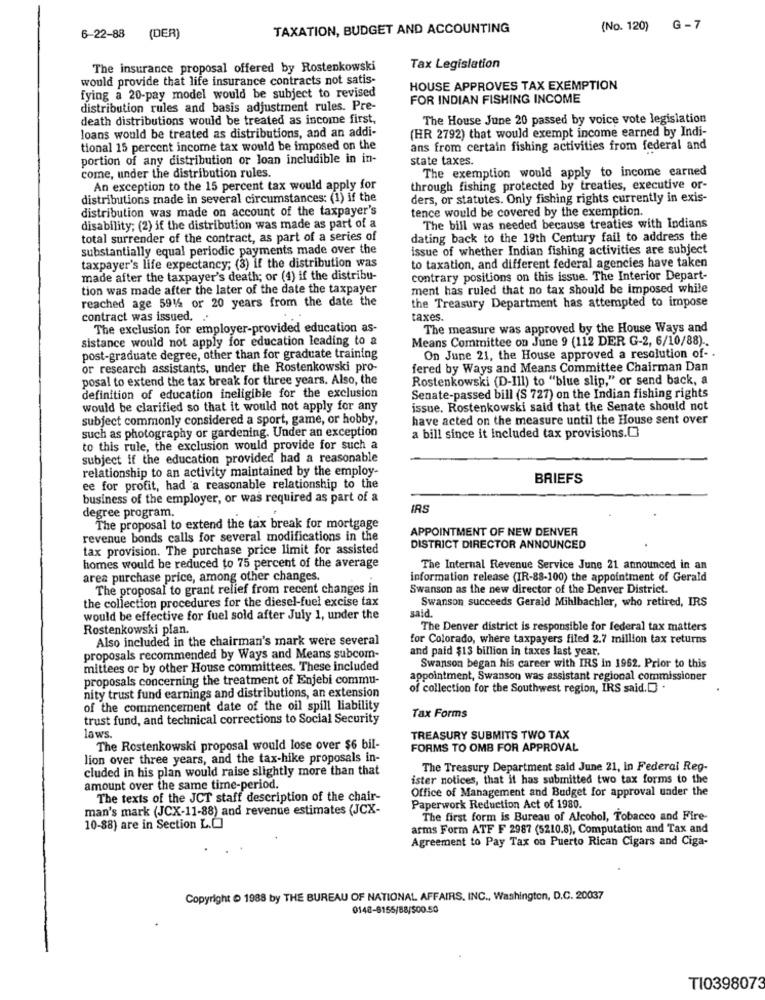
TAXATION, BUDGET AND ACCOUNTING
(No. 120) G -7
6-22-88 (DER)
The insurance proposal offered by Rostenkowski
Tax Legislation
would provide that life insurance contracts not satis-
HOUSE APPROVES TAX EXEMPTION
fying a 20-pay model would be subject to revised
FOR INDIAN FISHING INCOME
distribution rules and basis adjustment rules. Pre-
death distributions would be treated as income first,
The House June 20 passed by voice vote legislation
loans would be treated as distributions, and an addi-
(HR 2792) that would exempt income earned by Indi-
tional 15 percent income tax would be imposed on the
ans from certain fishing activities from federal and
portion of any distribution or loan includible in in-
state taxes.
The exemption would apply to income earned
come, under the distribution rules.
An exception to the 15 percent tax would apply for
through fishing protected by treaties, executive or-
distributions made in several circumstances: (1) if the
ders, or statutes. Only fishing rights currently in exis-
distribution was made on account of the taxpayer's
tence would be covered by the exemption.
disability; (2) if the distribution was made as part of a
The bill was needed because treaties with Indians
total surrender of the contract, as part of a series of
dating back to the 19th Century fail to address the
substantially equal periodic payments made over the
issue of whether Indian fishing activities are subject
taxpayer's life expectancy; (3) if the distribution was
to taxation, and different federal agencies have taken
made after the taxpayer's death; or (4) if the distribu-
contrary positions on this issue. The Interior Depart-
tion was made after the later of the date the taxpayer
ment has ruled that no tax should be imposed while
reached age 5915 or 20 years from the date the
the Treasury Department has attempted to impose
contract was issued. ..
taxes.
The exclusion for employer-provided education as-
The measure was approved by the House Ways and
sistance would not apply for education leading to a
Means Committee on June 9 (112 DER G-2, 6/10/88) ..
post-graduate degree, other than for graduate training
On June 21, the House approved a resolution of- .
or research assistants, under the Rostenkowski pro-
fered by Ways and Means Committee Chairman Dan
posal to extend the tax break for three years. Also, the
Rostenkowski (D-Ill) to "blue slip," or send back, a
definition of education ineligible for the exclusion
Senate-passed bill (S 727) on the Indian fishing rights
would be clarified so that it would not apply for any
issue. Rostenkowski said that the Senate should not
subject commonly considered a sport, game, or hobby,
have acted on the measure until the House sent over
such as photography or gardening. Under an exception
a bill since it included tax provisions.0
to this rule, the exclusion would provide for such a
subject if the education provided had a reasonable
relationship to an activity maintained by the employ-
BRIEFS
ee for profit, had a reasonable relationship to the
business of the employer, or was required as part of a
degree program.
IRS
The proposal to extend the tax break for mortgage
APPOINTMENT OF NEW DENVER
revenue bonds calls for several modifications in the
tax provision. The purchase price limit for assisted
DISTRICT DIRECTOR ANNOUNCED
homes would be reduced to 75 percent of the average
The Internal Revenue Service June 21 announced in an
area purchase price, among other changes.
information release (IR-88-100) the appointment of Gerald
The proposal to grant relief from recent changes in
Swanson as the new director of the Denver District.
the collection procedures for the diesel-fuel excise tax
Swanson succeeds Gerald Mihlbachler, who retired, IRS
said.
would be effective for fuel sold after July 1, under the
Rostenkowski plan.
The Denver district is responsible for federal tax matters
Also included in the chairman's mark were several
for Colorado, where taxpayers filed 2.7 million tax returns
and paid $13 billion in taxes last year.
proposals recommended by Ways and Means subcom-
mittees or by other House committees. These included
Swanson began his career with IRS in 1962. Prior to this
proposals concerning the treatment of Enjebi commu-
appointment, Swanson was assistant regional commissioner
of collection for the Southwest region, IRS said.[ .
nity trust fund earnings and distributions, an extension
of the commencement date of the oil spill liability
trust fund, and technical corrections to Social Security
Tax Forms
laws.
TREASURY SUBMITS TWO TAX
The Rostenkowski proposal would lose over $6 bil-
FORMS TO OMB FOR APPROVAL
lion over three years, and the tax-hike proposals in-
cluded in his plan would raise slightly more than that
The Treasury Department said June 21, In Federal Reg-
ister notices, that it has submitted two tax forms to the
amount over the same time-period.
Office of Management and Budget for approval under the
The texts of the JCT staff description of the chair-
man's mark (JCX-11-88) and revenue estimates (JCX-
Paperwork Reduction Act of 1980.
The first form is Bureau of Alcohol, Tobacco and Fire-
10-88) are in Section L.C
arms Form ATF F 2987 (5210.8), Computation and Tax and
Agreement to Pay Tax on Puerto Rican Cigars and Ciga-
Copyright > 1988 by THE BUREAU OF NATIONAL AFFAIRS. INC ., Washington, D.C. 20037
0148-6155/88/500.50
TI0398073